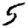
Digit: 5